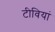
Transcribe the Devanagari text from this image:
टीवियां